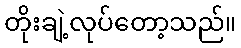
တိုးချဲ့လုပ်တော့သည်။